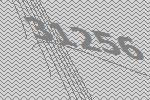
31256